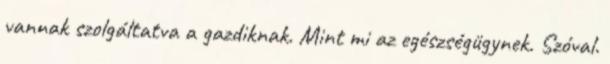
vannak szolgáltatva a gazdiknak. Mint mi az egészségügynek. Szóval.